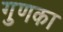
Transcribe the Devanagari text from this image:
गुणका